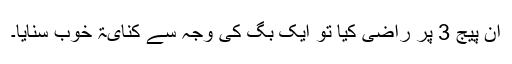
ان پیج 3 پر راضی کیا تو ایک بَگ کی وجہ سے کنایۃ خوب سنایا۔